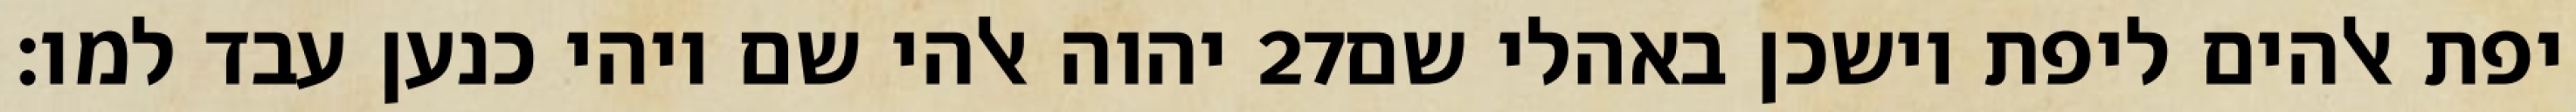
יהוה אלהי שם ויהי כנען עבד למו׃ ‎27‏ יפת אלהים ליפת וישכן באהלי שם